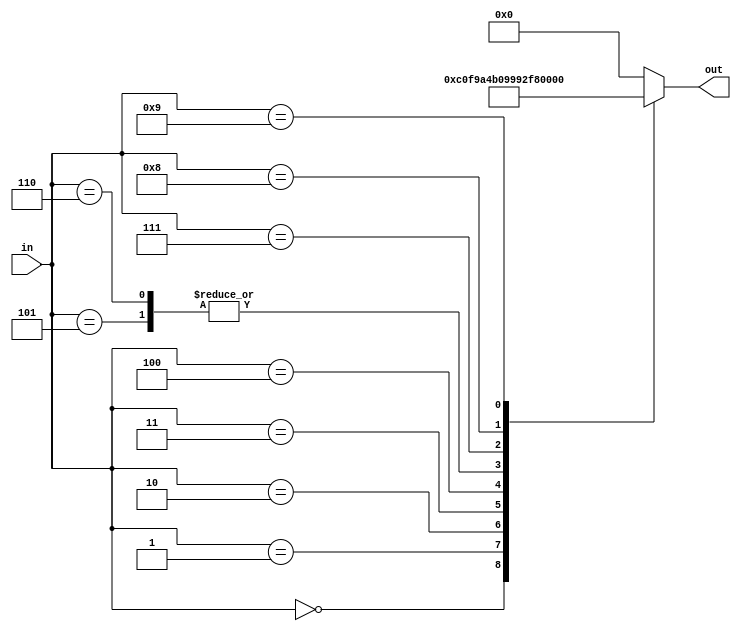
module hex_driver
	(
		input [3:0] in,
		output reg [7:0] out
	);

	always @(*)
	begin
	
		out <= 8'b0000_0000;
	
		case (in)
		
			4'd0:
				out <= ~8'b0011_1111;
			4'd1:
				out <= ~8'b0000_0110;
			4'd2:
				out <= ~8'b0101_1011;
			4'd3:
				out <= ~8'b0100_1111;
			4'd4:
				out <= ~8'b0110_0110;
			4'd5:
				out <= ~8'b0110_1101;
			4'd6:
				out <= ~8'b0110_1101;
			4'd7:
				out <= ~8'b0000_0111;
			4'd8:
				out <= ~8'b0111_1111;
			4'd9:
				out <= ~8'b0110_0111;
	
		endcase
	
	end
	
endmodule